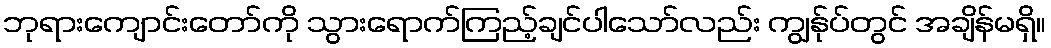
ဘုရားကျောင်းတော်ကို သွားရောက်ကြည့်ချင်ပါသော်လည်း ကျွန်ုပ်တွင် အချိန်မရှိ။